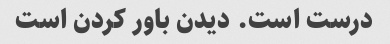
درست است. دیدن باور کردن است